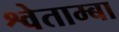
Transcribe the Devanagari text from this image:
श्वेताम्बा